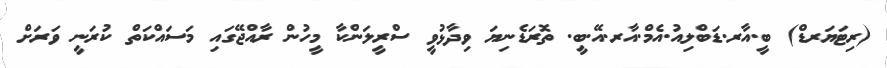
(ރިޓަޔަރޑް) ބީ.އާރ.ޑަބްލިއު.އެމް.އާރ.އޭ.ބީ. ތޮރަޑެނިޔަ ވިދާޅުވީ ސްރީލަންކާ މީހުން ރާއްޖޭގައި މަސައްކަތް ކުރަނީ ވަރަށް